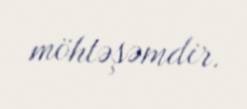
möhtəşəmdir.